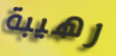
رهيبة